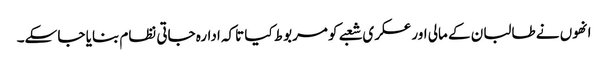
انھوں نے طالبان کے مالی اور عسکری شعبے کو مربوط کیا تاکہ ادارہ جاتی نظام بنایا جا سکے۔